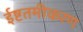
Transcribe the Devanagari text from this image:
ईष्टतमीकरण